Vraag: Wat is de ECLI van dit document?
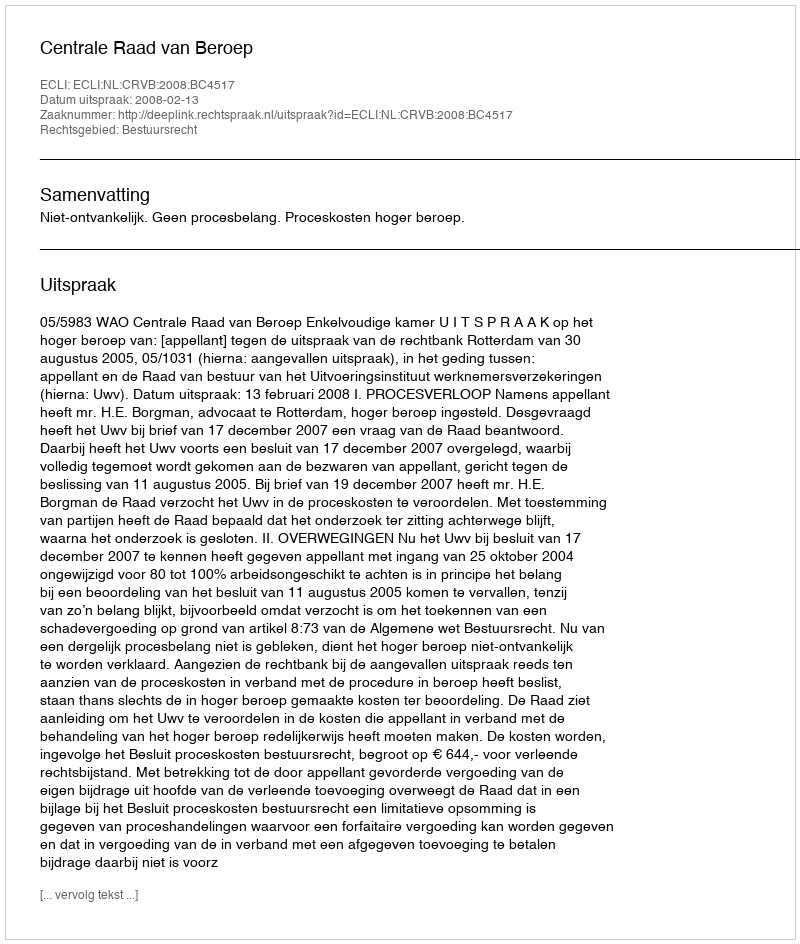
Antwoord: ECLI:NL:CRVB:2008:BC4517